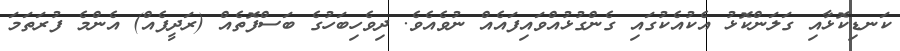
ކަނޑިކޮޅާއި ގަލަންކޮޅު އެކުއެކުގައި ގެންގުޅުއްވައިފައެއް ނުވެއެވެ. ދިވެހިބަހުގެ ބަސްފޮތެއް (ރަދީފެއް) އެންމެ ފުރަތަމަ